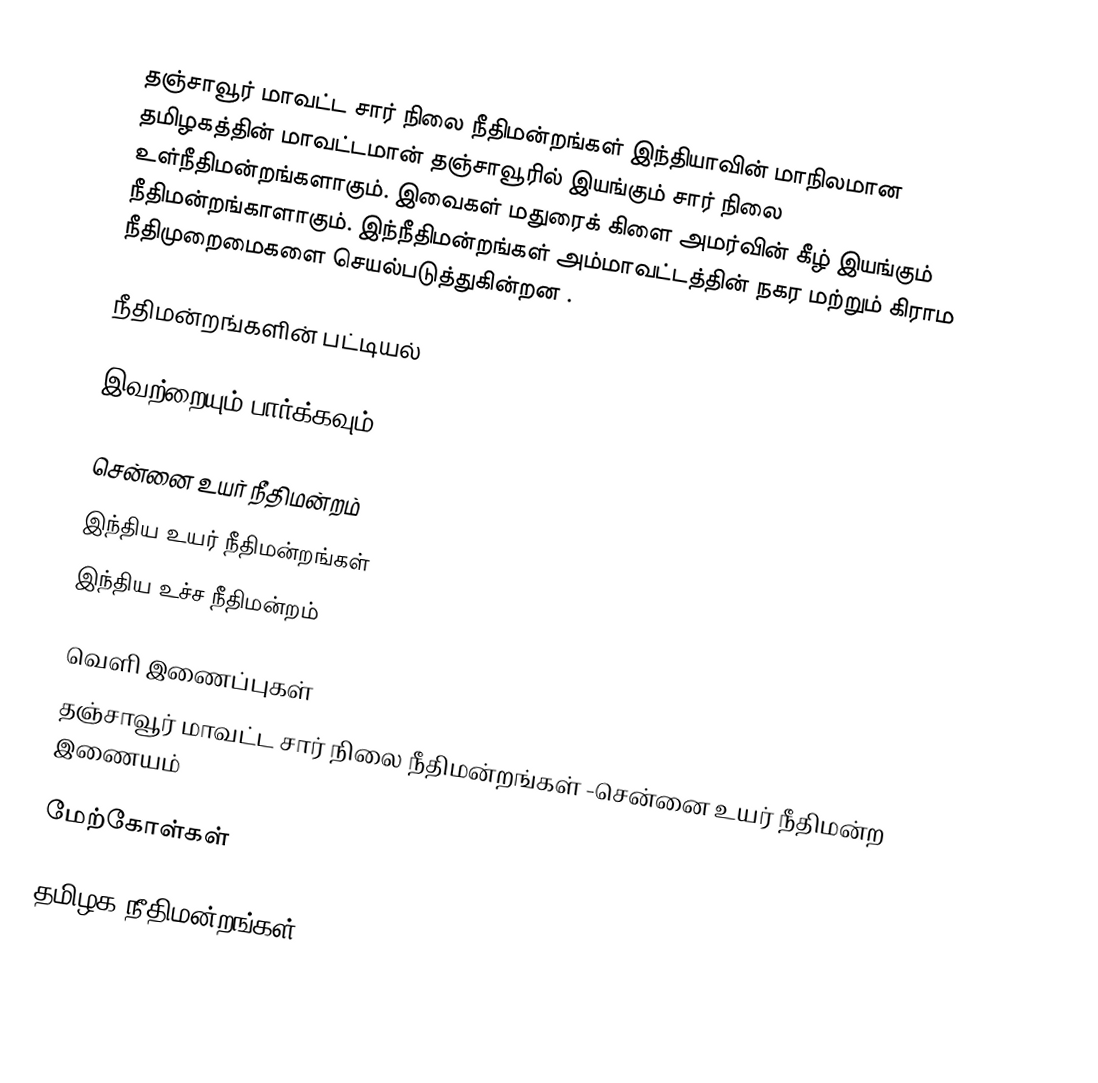
தஞ்சாவூர் மாவட்ட சார் நிலை நீதிமன்றங்கள் இந்தியாவின் மாநிலமான தமிழகத்தின் மாவட்டமான் தஞ்சாவூரில் இயங்கும் சார் நிலை உள்நீதிமன்றங்களாகும். இவைகள் மதுரைக் கிளை அமர்வின் கீழ் இயங்கும் நீதிமன்றங்காளாகும். இந்நீதிமன்றங்கள் அம்மாவட்டத்தின் நகர மற்றும் கிராம நீதிமுறைமைகளை செயல்படுத்துகின்றன .

நீதிமன்றங்களின் பட்டியல்

இவற்றையும் பார்க்கவும்

சென்னை உயர் நீதிமன்றம்
இந்திய உயர் நீதிமன்றங்கள்
இந்திய உச்ச நீதிமன்றம்

வெளி இணைப்புகள்
தஞ்சாவூர் மாவட்ட சார் நிலை நீதிமன்றங்கள் -சென்னை உயர் நீதிமன்ற இணையம்

மேற்கோள்கள்

தமிழக நீதிமன்றங்கள்